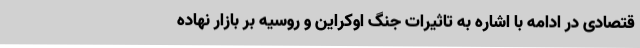
قتصادی در ادامه با اشاره به تاثیرات جنگ اوکراین و روسیه بر بازار نهاده